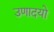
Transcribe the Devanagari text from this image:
उणादयो